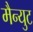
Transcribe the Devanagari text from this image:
मैन्युट